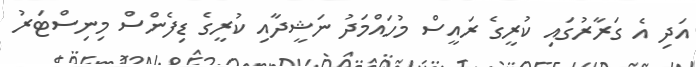
އަދި އެ ގަރާރުގައި ކުރީގެ ރައީސް މުހައްމަދު ނަޝީދާއި ކުރީގެ ޑިފެންސް މިނިސްޓަރު